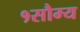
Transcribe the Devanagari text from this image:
१सौम्य